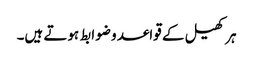
ہر کھیل کے قواعد و ضوابط ہوتے ہیں۔